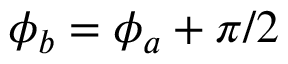
\phi _ { b } = \phi _ { a } + \pi / 2